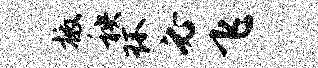
檄秧环必飞